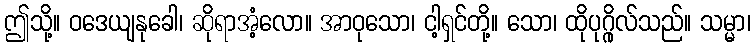
ဤသို့။ ဝဒေယျနုခေါ၊ ဆိုရာအံ့လော။ အာဝုသော၊ ငါ့ရှင်တို့။ သော၊ ထိုပုဂ္ဂိုလ်သည်။ သမ္မာ၊